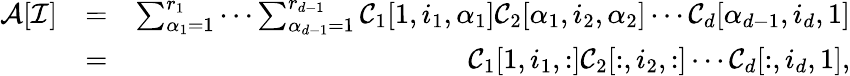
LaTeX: \begin{array}{rlr}{\mathcal{A}[\mathcal{I}]}&{=}&{\sum_{\alpha_{1}=1}^{r_{1}}\cdots\sum_{\alpha_{d-1}=1}^{r_{d-1}}\mathcal{C}_{1}[1,i_{1},\alpha_{1}]\mathcal{C}_{2}[\alpha_{1},i_{2},\alpha_{2}]\cdots\mathcal{C}_{d}[\alpha_{d-1},i_{d},1]}\\ &{=}&{\mathcal{C}_{1}[1,i_{1},:]\mathcal{C}_{2}[:,i_{2},:]\cdots\mathcal{C}_{d}[:,i_{d},1],}\end{array}